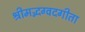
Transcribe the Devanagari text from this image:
श्रीमद्भग्वदगीता